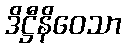
ဒိဋ္ဌီနိဝေသာ